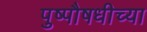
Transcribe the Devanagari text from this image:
पुष्पौषधीच्या